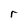
Character: r